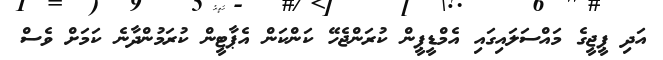
އަދި ޕީޖީގެ މައްސަލައިގައި އެމްޑީޕީން ކުރަންޖެހޭ ކަންކަން އެޕާޓީން ކުރަމުންދާނެ ކަމަށް ވެސް